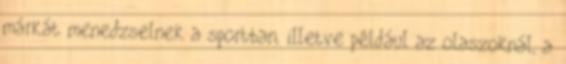
márkát menedzselnek a sportban, illetve például az olaszoknál, a